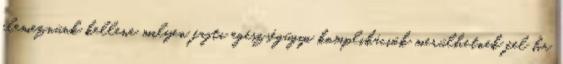
elemeznünk kellene milyen fajta egészségügyi komplikációk merülhetnek fel ha